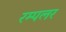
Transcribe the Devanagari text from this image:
रम्पलर